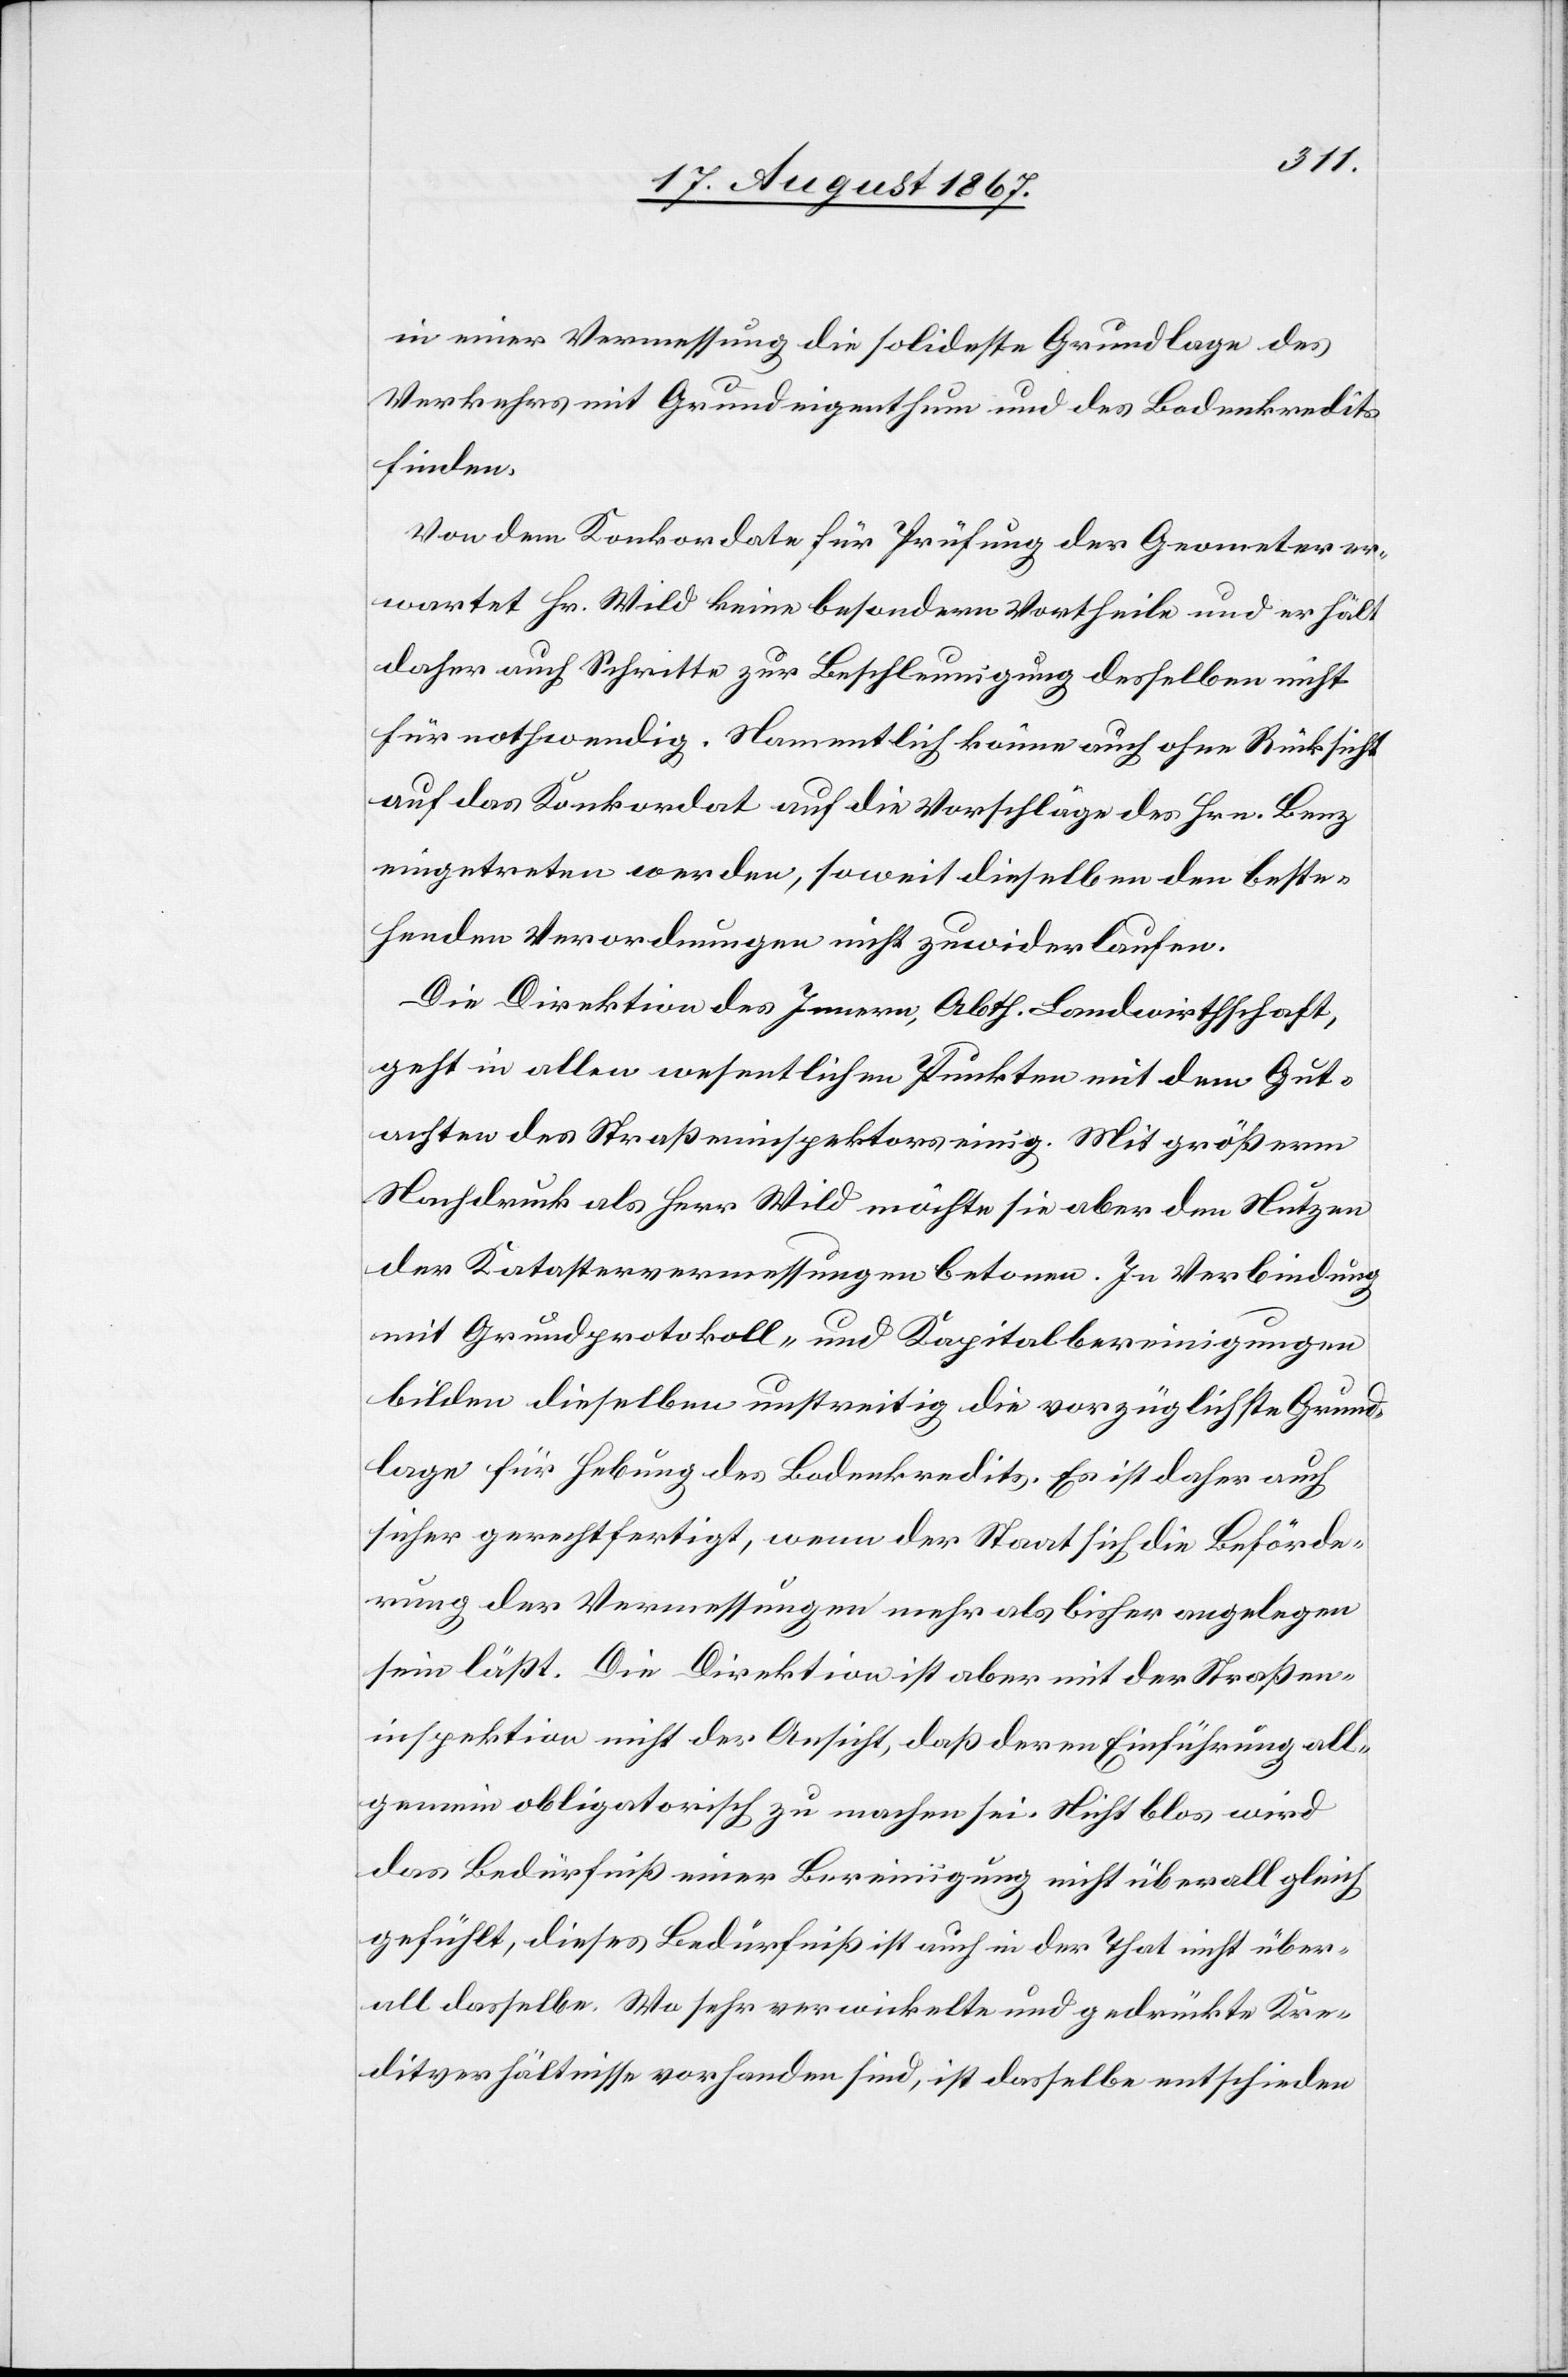
in einer Vermessung die solideste Grundlage des
Verkehres mit Grundeigenthum und des Bodenkredits
finden.
Von dem Konkordate für Prüfung der Geometer er¬
wartet Hr. Wild keine besondern Vortheile und er hält
daher auch Schritte zur Beschleunigung desselben nicht
für nothwendig. Namentlich könne auch ohne Rücksicht
auf das Konkordat auf die Vorschläge des Hrn. Benz
eingetreten werden, soweit dieselben den beste¬
henden Verordnungen nicht zuwider laufen.
Die Direktion des Innern, Abth. Landwirthschaft,
geht in allen wesentlichen Punkten mit dem Gut¬
achten des Straßeninspektors einig. Mit größerm
Nachdruck als Herr Wild möchte sie aber den Nutzen
der Katastervermessungen betonen. In Verbindung
mit Grundprotokoll- und Kapitalbereinigungen
bilden dieselben unstreitig die vorzüglichste Grund¬
lage für Hebung des Bodenkredits. Es ist daher auch
sicher gerechtfertigt, wenn der Staat sich die Beförde¬
rung der Vermessungen mehr als bisher angelegen
sein läßt. Die Direktion ist aber mit der Straßen¬
inspektion nicht der Ansicht, daß deren Einführung all¬
gemein obligatorisch zu machen sei. Nicht blos wird
das Bedürfniß einer Bereinigung nicht überall gleich
gefühlt, dieses Bedürfniß ist auch in der That nicht über¬
all dasselbe. Wo sehr verwickelte und gedrückte Kre¬
ditverhältnisse vorhanden sind, ist dasselbe entschieden